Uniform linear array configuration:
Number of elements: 12
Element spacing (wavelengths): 0.75
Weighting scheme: blackman
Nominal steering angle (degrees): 15
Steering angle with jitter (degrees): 16.158
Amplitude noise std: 0.05
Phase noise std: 0.05

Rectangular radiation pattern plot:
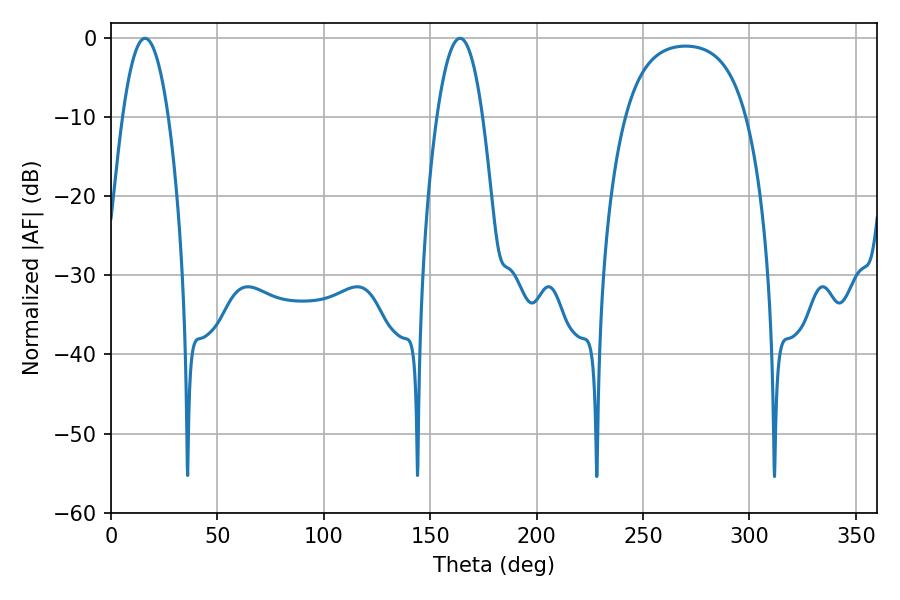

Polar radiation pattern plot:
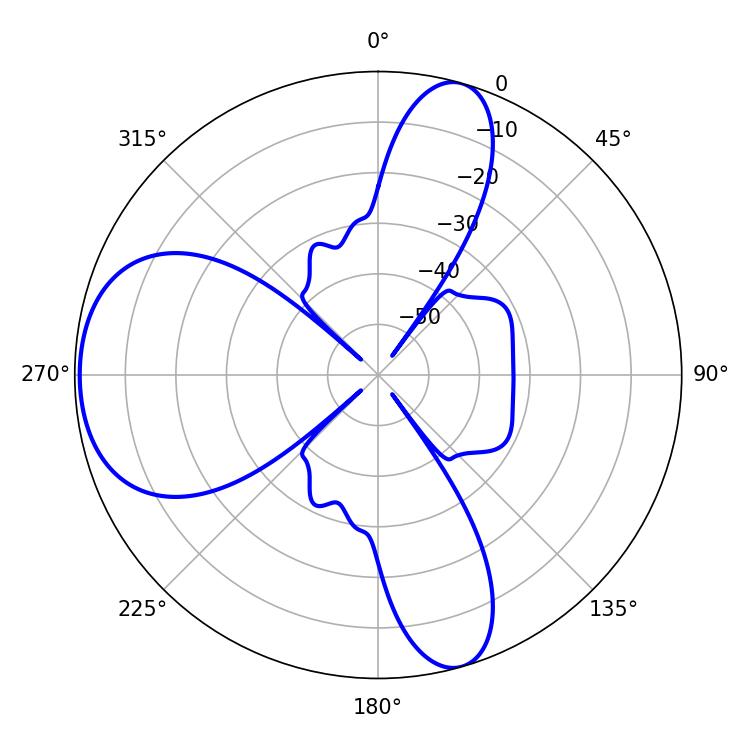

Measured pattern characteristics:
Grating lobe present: TRUE
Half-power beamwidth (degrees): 11.88
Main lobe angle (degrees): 16.02